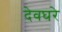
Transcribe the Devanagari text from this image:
देवघरे